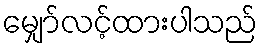
မျှော်လင့်ထားပါသည်